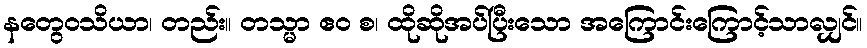
နတွေဝသိယာ၊ တည်း။ တသ္မာ ဧဝ စ၊ ထိုဆိုအပ်ပြီးသော အကြောင်းကြောင့်သာလျှင်။